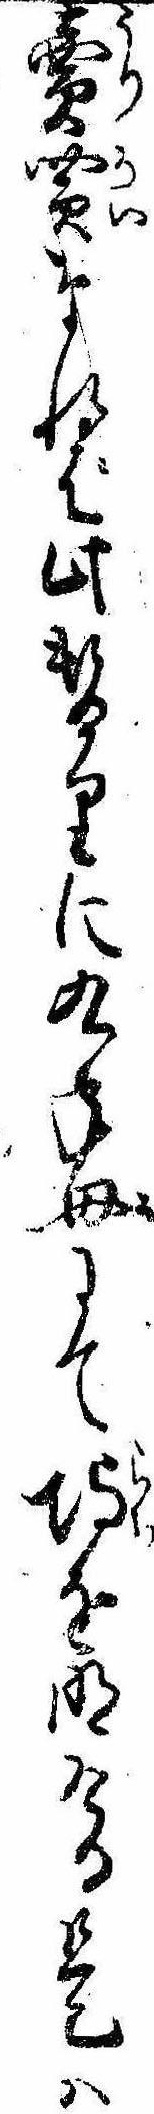
売買なれば此替りに九年母にて埒を明ける是は